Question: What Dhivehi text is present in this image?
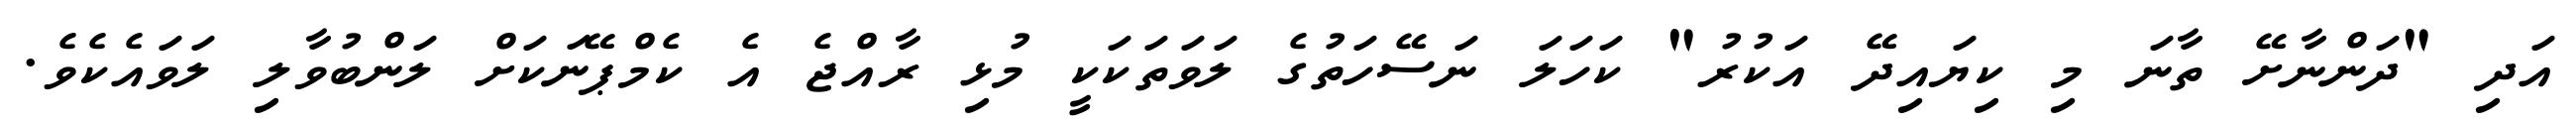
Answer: އަދި "ދަންނާށޭ ތާނަ މި ކިޔައިދޭ އަކުރު" ކަހަލަ ނަސޭހަތުގެ ލަވަތަކަކީ މުޅި ރާއްޖެ އެ ކެމްޕޭނަކަށް ލަންބުވާލި ލަވައެކެވެ.